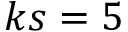
k s = 5